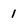
Character: 1